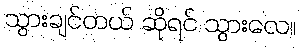
သွားချင်တယ် ဆိုရင် သွားလေ။